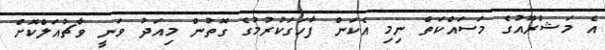
އެ މަޝްރޫއުގެ މަސައްކަތް ނިމި އެކަން ފާހަގަކުރުމުގެ ގޮތުން މިއަދު ވަނީ ވާޗުއަލްކޮށް